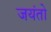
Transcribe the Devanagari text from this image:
जयंतो